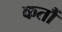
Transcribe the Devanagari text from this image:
कतौं